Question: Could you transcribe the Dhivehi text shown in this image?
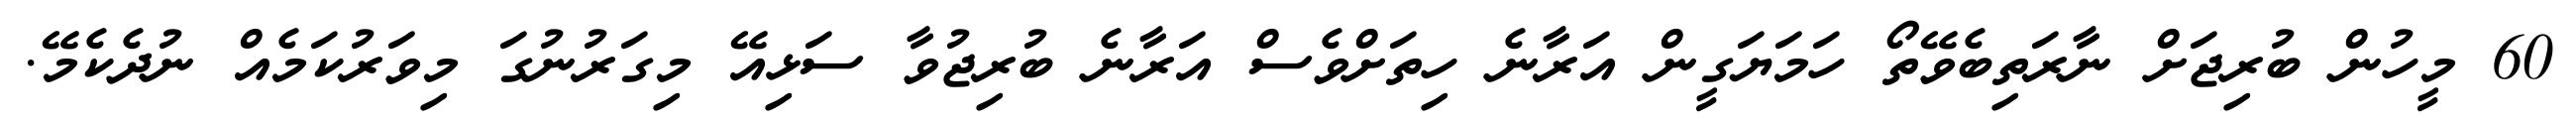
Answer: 60 މީހުން ބުރިޖަށް ނާރަތިބެވޭތޯ ހަމަޔަގީން އަރާނެ ހިތަށްވެސް އަރާނެ ބުރިޖުވާ ސަޅިއޭ މިގަރުނުގަ މިވަރުކަމެއް ނުދެކެމޭ.